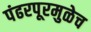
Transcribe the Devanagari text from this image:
पंढरपूरमुळेच